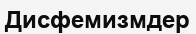
Дисфемизмдер